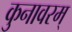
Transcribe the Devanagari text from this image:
कुनावरम्